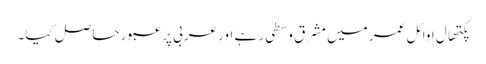
پکتھال اوائل عمر میں مشرق وسطیٰ رہے اور عربی پر عبور حاصل کیا۔